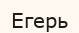
Егерь